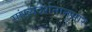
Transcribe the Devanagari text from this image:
सांख्यदर्शनानुसार